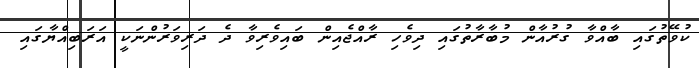
ކުވޭތުގައި ބާއްވާ ގުރުއާން މުބާރާތުގައި ދިވެހި ރާއްޖެއިން ބައިވެރިވާ ދެ ދަރިވަރުންނަކީ އަރަބިއްޔާގައި